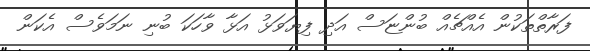
ފަރާތްތަކުން އެއްޗެއް ބުންޏަސް އަދި ފިޔަވަޅު އަޅާ ވާހަކަ ބުނި ނަމަވެސް އެކަން